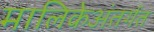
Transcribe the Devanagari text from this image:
मालिकेअंतर्गत